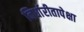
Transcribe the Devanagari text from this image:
निर्धारीतापेक्षा